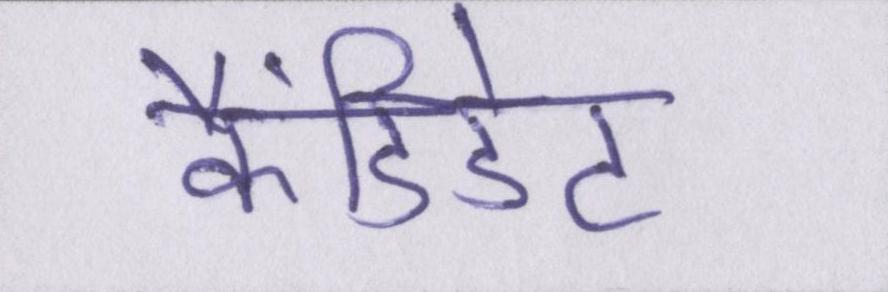
कैंडिडेट